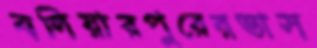
বলিয়ারপুরেরভাস